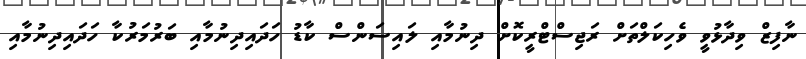
ނާފިޒް ވިދާޅުވީ ވެހިކަލްތަށް ރަޖިސްޓްރީކޮށް ދިނުމާއި ލައިސަންސް ކާޑު ހަދައިދިނުމާއި ބަރުމަރުކާ ހަދައިދިނުމާއި